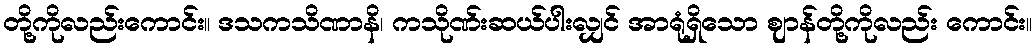
တို့ကိုလည်းကောင်း။ ဒသကသိဏာနိ၊ ကသိုဏ်းဆယ်ပါးလျှင် အာရုံရှိသော ဈာန်တို့ကိုလည်း ကောင်း။